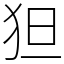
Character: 狚